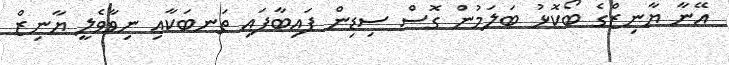
އޭނާ ޔާނިޒްގެ ބޯކޮޅު ބަލަމުން ގޮސް ސިޑިން ފައިބާފައި ތަނބަކާއި ނިވާވެލީ ޔާނިޒް